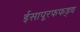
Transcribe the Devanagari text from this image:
ईसापूरफफड़्व